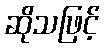
ဆိုသဖြင့်